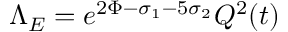
\Lambda _ { E } = e ^ { 2 \Phi - \sigma _ { 1 } - 5 \sigma _ { 2 } } Q ^ { 2 } ( t )